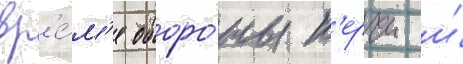
вр'е́м'я оборо́ны к'ерчи и́